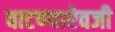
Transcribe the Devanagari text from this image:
वाटण्याऐवजी